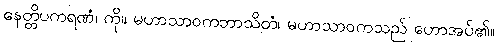
နေတ္တိပကရဏံ၊ ကို။ မဟာသာဝကဘာသိတံ၊ မဟာသာဝကသည် ဟောအပ်၏။